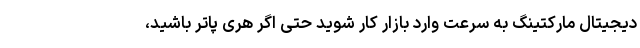
دیجیتال مارکتینگ به سرعت وارد بازار کار شوید حتی اگر هری پاتر باشید،